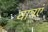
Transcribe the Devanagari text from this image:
यात्रएं